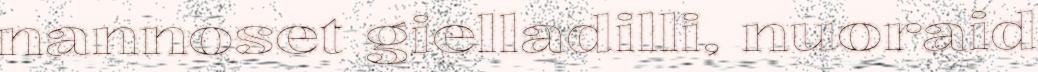
nannoset gielladilli, nuoraid